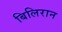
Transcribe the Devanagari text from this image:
बिलिरान